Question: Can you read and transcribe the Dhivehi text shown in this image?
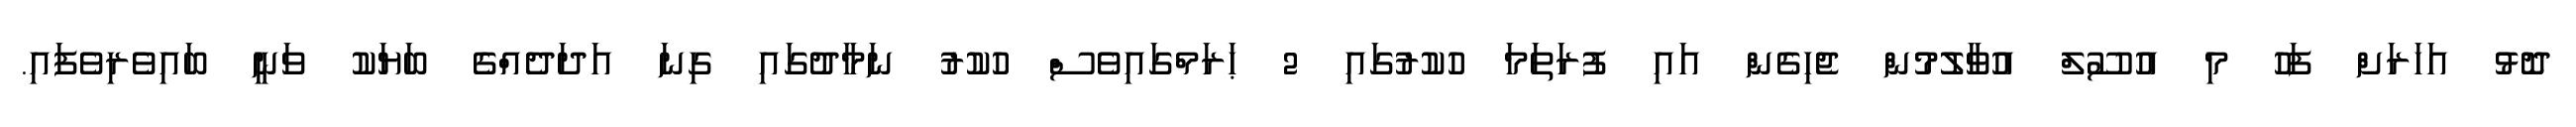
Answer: ދޮޅު އަހަރަށް ފަހު މި އުސޫލް އުވާލުމުން ޖެހިގެން އައި ފުރަތަމަ ހުކުރުގައި 2 ޙަރަމްގައިވެސް ހުކުރު ނަމާދުގައި ގިނަ އަދަދެއްގެ ބަޔަކު ވަނީ ބައިވެރިވެފައި.